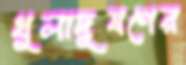
ধুলাদূষণের